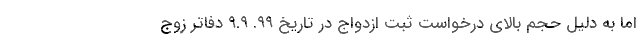
اما به دلیل حجم بالای درخواست‌ ثبت ازدواج در تاریخ ۹۹. ۹.۹ دفاتر زوج